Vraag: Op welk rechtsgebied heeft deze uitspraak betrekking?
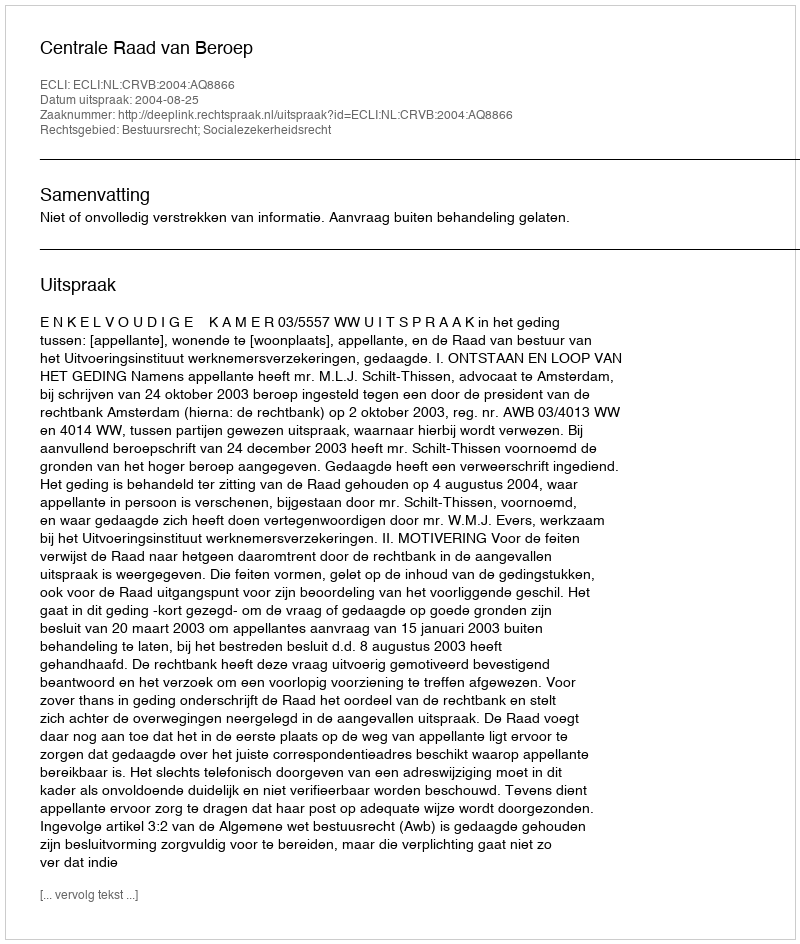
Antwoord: Bestuursrecht; Socialezekerheidsrecht